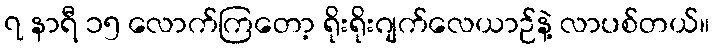
၇ နာရီ ၁၅ လောက်ကြတော့ ရိုးရိုးဂျက်လေယာဉ်နဲ့ လာပစ်တယ်။